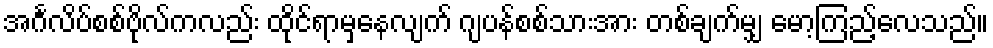
အင်္ဂလိပ်စစ်ဗိုလ်ကလည်း ထိုင်ရာမှနေလျက် ဂျပန်စစ်သားအား တစ်ချက်မျှ မော့ကြည့်လေသည်။